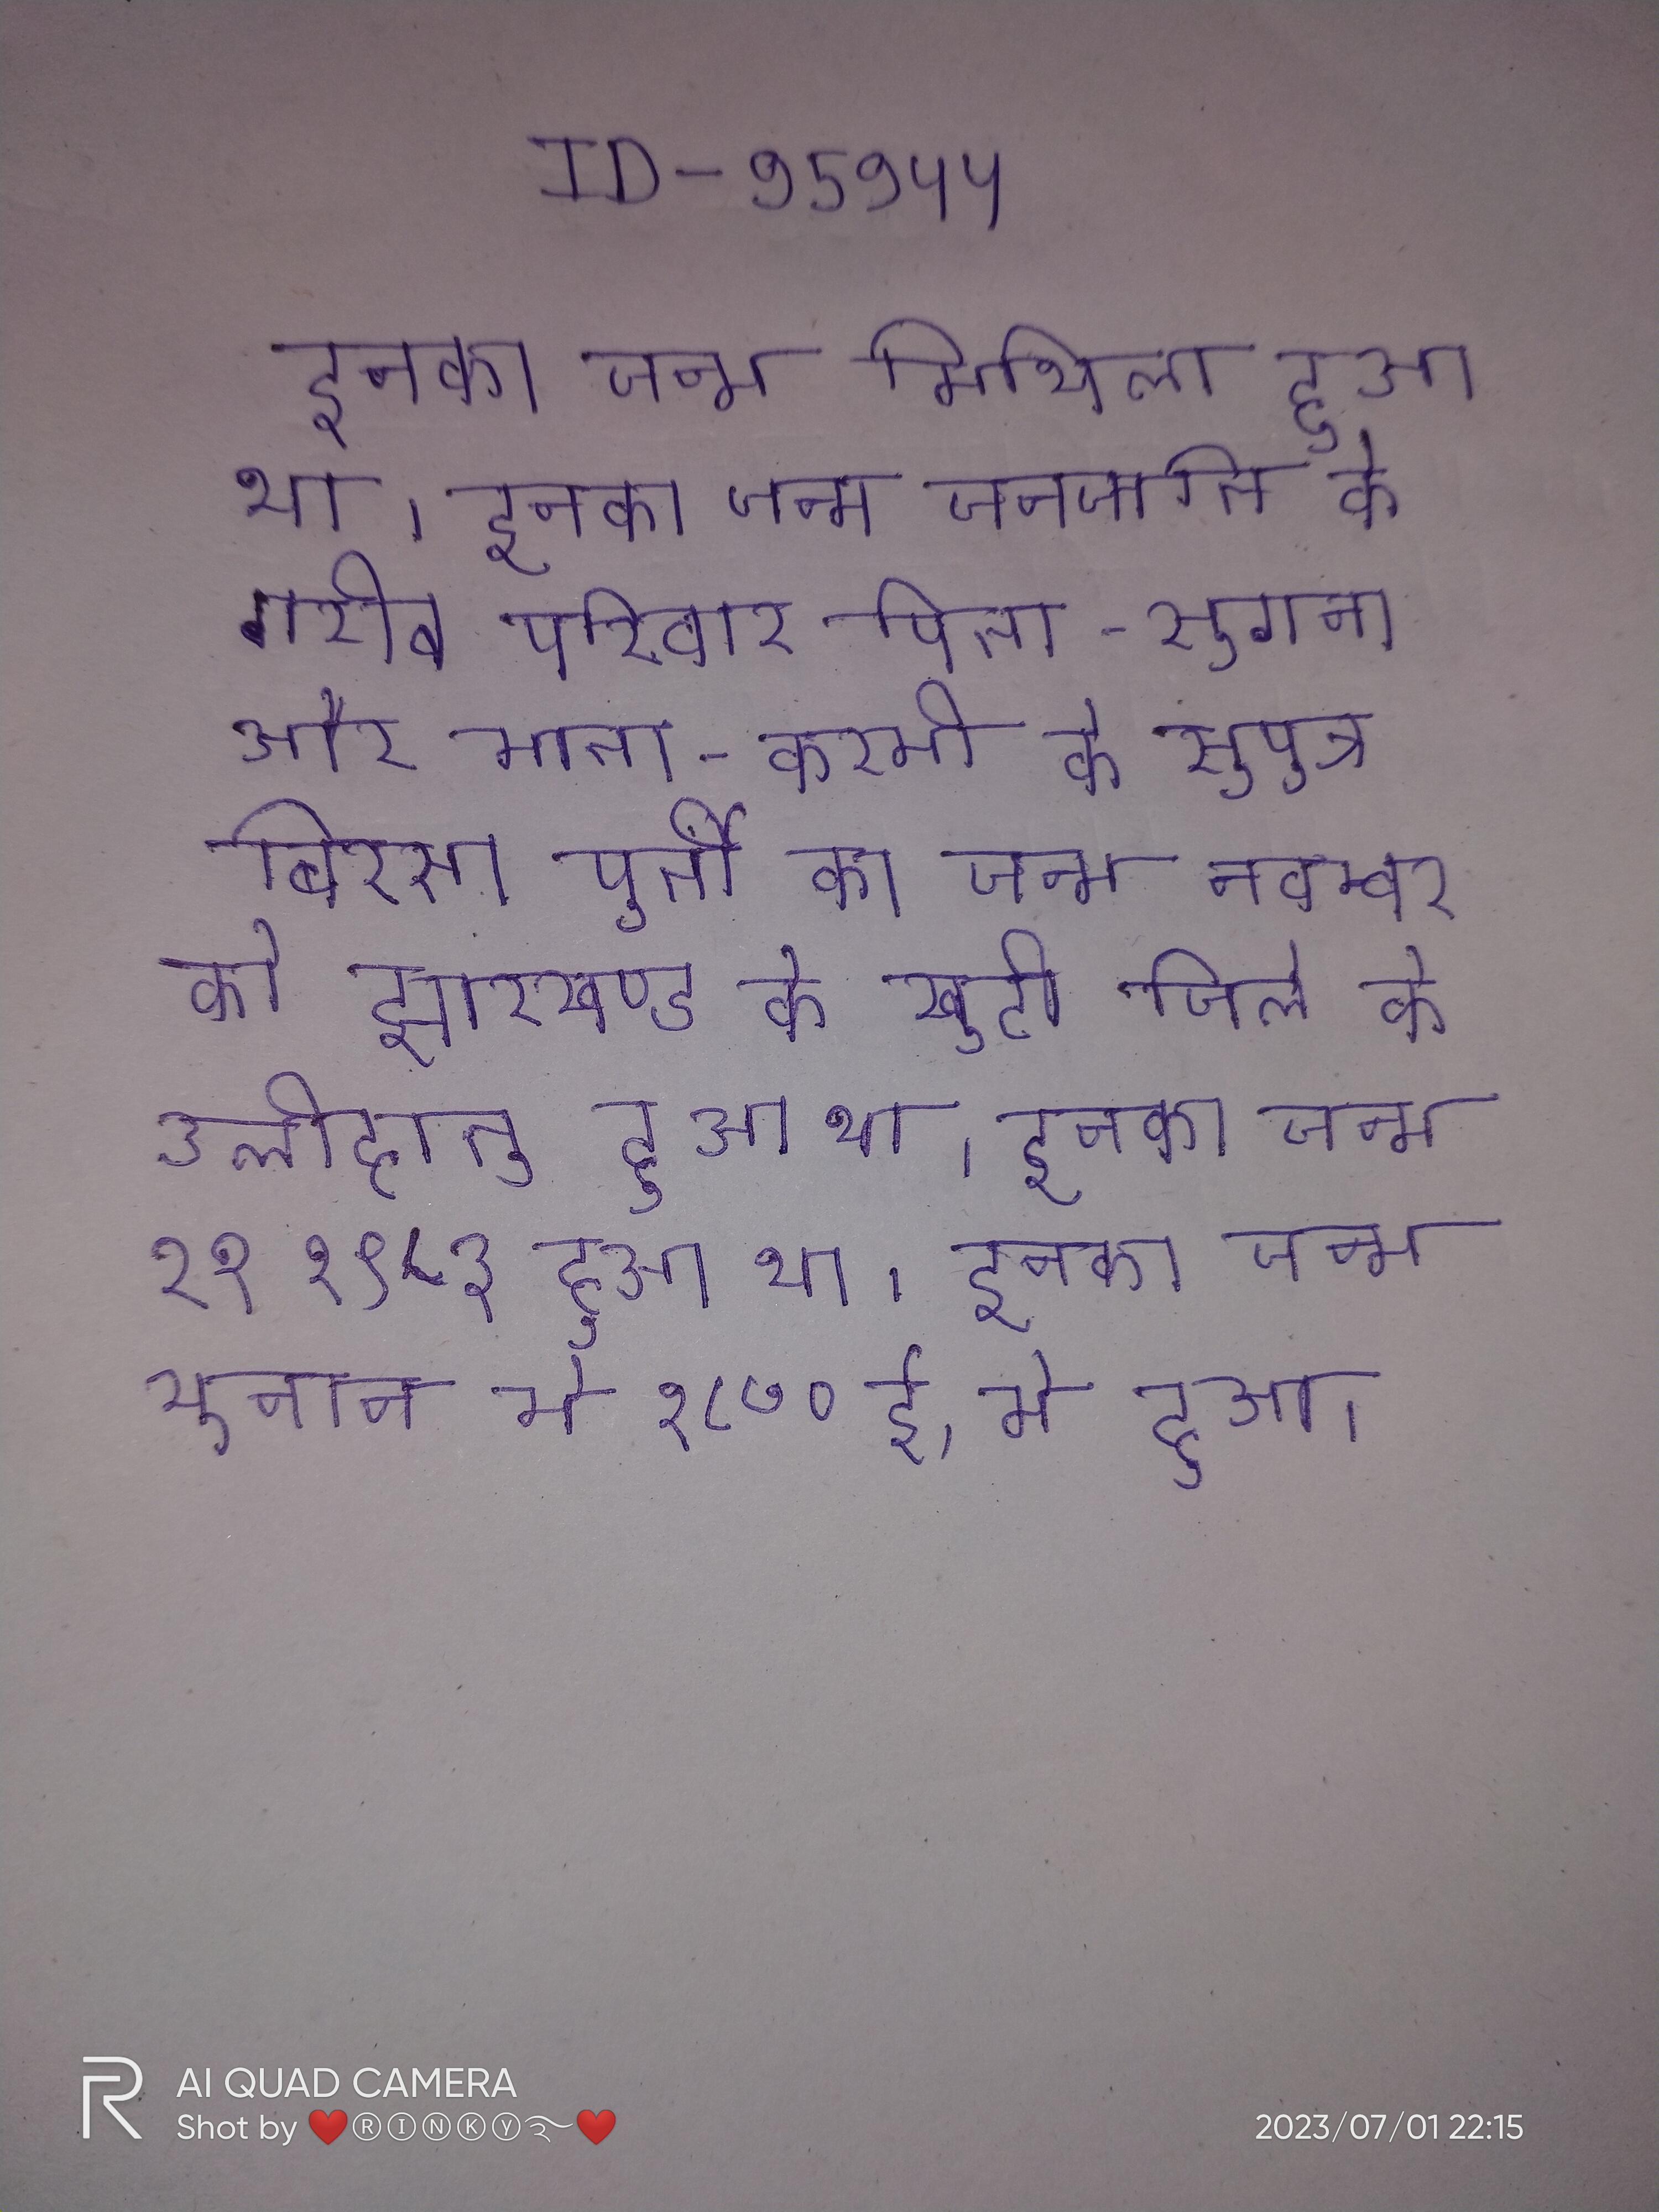
इनका जन्म मिथिला हुआ था । इनका जन्म जनजाति के गरीब परिवार पिता-सुगना और माता-करमी के सुपुत्र बिरसा पुर्ती का जन्म नवम्बर को झारखण्ड के खुटी जिले के उलीहातु हुआ था । इनका जन्म २१ १९८३ हुआ था । इनका जन्म यूनान मे १८७० ई, मे हुआ ।